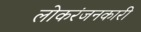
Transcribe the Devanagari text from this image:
लोकरंजनकारी